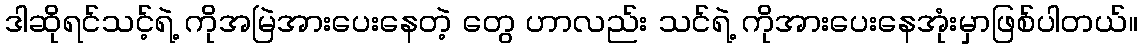
ဒါဆိုရင်သင့်ရဲ့ ကိုအမြဲအားပေးနေတဲ့ တွေ ဟာလည်း သင်ရဲ့ ကိုအားပေးနေအုံးမှာဖြစ်ပါတယ်။